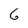
Character: 6